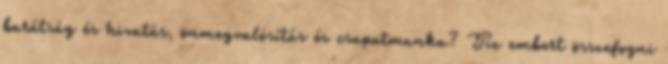
barátság és hivatás, önmegvalósítás és csapatmunka? Tíz embert összefogni